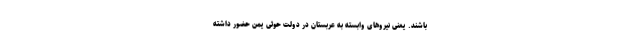
باشند. یعنی نیروهای وابسته به عربستان در دولت حوثی یمن حضور داشته